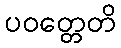
ပဝတ္တေတိ